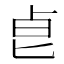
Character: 𠧢